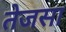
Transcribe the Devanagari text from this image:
तेजसा